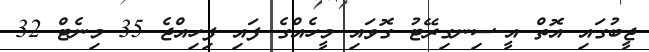
ޖީބުގައި އޮތް އީ-ސިނގިރޭޓު ގޮވައި މީހެއްގެ ފައި ފިހިއްޖެ 35 މިނެޓް 32